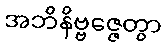
အဘိနိဗ္ဗဇ္ဇေတွာ